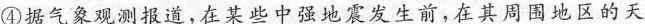
④据气象观测报道，在某些中强地震发生前，在其周围地区的天